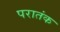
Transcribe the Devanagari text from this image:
परातंक